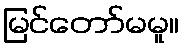
မြင်တော်မမူ။